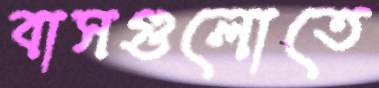
বাসগুলোতে